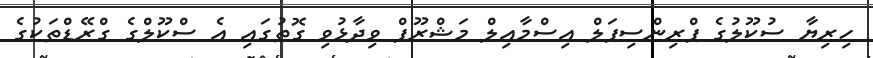
ހިރިޔާ ސުކޫލުގެ ޕްރިންސިޕަލް އިސްމާއިލް މަޝްރޫފް ވިދާޅުވި ގޮތުގައި އެ ސްކޫލްގެ ގްރޭޑްތަކުގެ